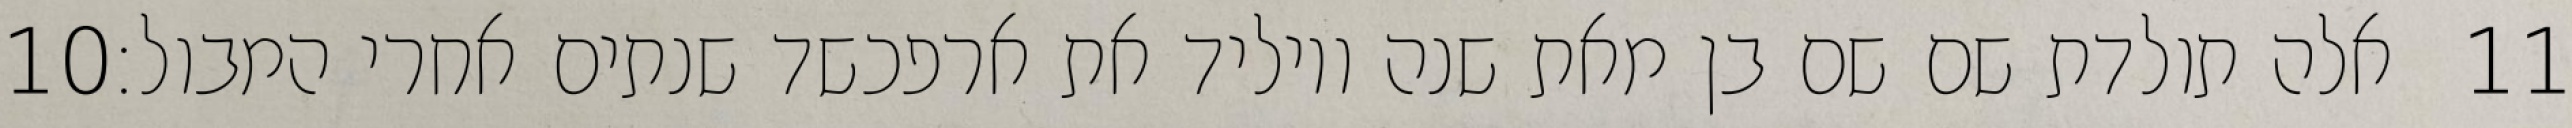
‎10‏ אלה תולדת שם שם בן מאת שנה ויוליד את ארפכשד שנתים אחרי המבול׃ ‎11‏